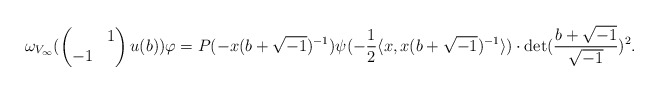
\begin{align*} \omega_{V_\infty}( \begin{pmatrix} & 1 \\ -1 & \end{pmatrix} u(b)) \varphi = P(-x(b+\sqrt{-1})^{-1}) \psi(-\frac{1}{2}\langle x,x(b+\sqrt{-1})^{-1} \rangle) \cdot {\rm det}(\frac{b+\sqrt{-1}}{\sqrt{-1}})^2. \end{align*}